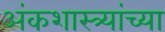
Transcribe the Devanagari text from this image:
अंकशास्त्र्यांच्या